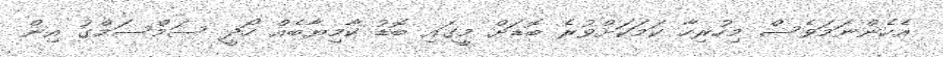
އެހެންނަމަވެސް މިހުރިހާ ކަމަކަށްވުރެ ބޮޑަށް މީގައި ބޮޑު ކާމިޔާބެއް ހޯދީ ސަމްސަމްގު އިން